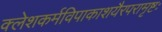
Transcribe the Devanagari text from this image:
क्लेशकर्मविपाकाशयैरपरामृष्टः